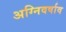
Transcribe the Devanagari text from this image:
अग्निवर्षाव